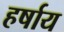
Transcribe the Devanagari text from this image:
हर्षाय